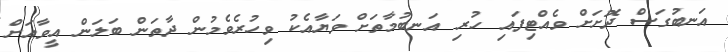
އަނބުގަސް ދޮށަށް ވެއްޓިފައި ހުރި އަނބުމާތަށް ވަޔާއެކު ވިހުރެވެމުން ދާތަން ބަލަން އީވާއަށް